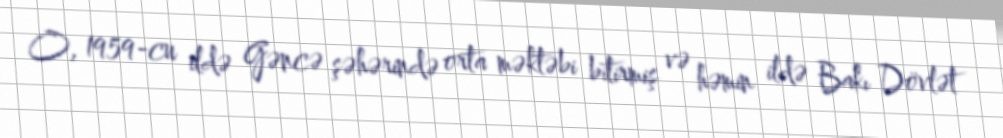
O, 1959-cu ildə Gəncə şəhərində orta məktəbi bitirmiş və həmin ildə Bakı Dövlət